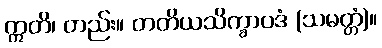
ဣတိ၊ တည်း။ တတိယသိက္ခာပဒံ (သမတ္တံ)။